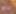
نزلوا